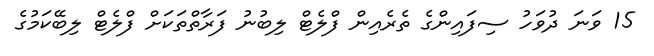
15 ވަނަ ދުވަހު ސިފައިންގެ ތެރެއިން ފްލެޓް ލިބުނު ފަރާތްތަކަށް ފްލެޓް ލިބޭކަމުގެ